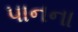
પાનના